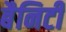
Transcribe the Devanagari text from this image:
बैनिटी